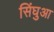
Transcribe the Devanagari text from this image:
सिंघुआ